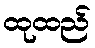
ထုထည်